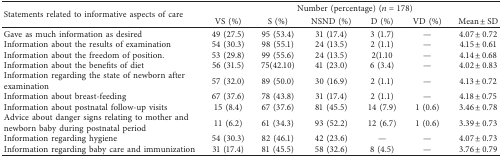
<table><thead><tr><td rowspan="2"><b>Statements related to informative aspects of care</b></td><td colspan="6"><b>Number (percentage) (<i>n</i>=178)</b></td></tr><tr><td><b>VS (%)</b></td><td><b>S (%)</b></td><td><b>NSND (%)</b></td><td><b>D (%)</b></td><td><b>VD (%)</b></td><td><b>Mean ± SD</b></td></tr></thead><tbody><tr><td>Gave as much information as desired</td><td>49 (27.5)</td><td>95 (53.4)</td><td>31 (17.4)</td><td>3 (1.7)</td><td>—</td><td>4.07 ± 0.72</td></tr><tr><td>Information about the results of examination</td><td>54 (30.3)</td><td>98 (55.1)</td><td>24 (13.5)</td><td>2 (1.1)</td><td>—</td><td>4.15 ± 0.61</td></tr><tr><td>Information about the freedom of position.</td><td>53 (29.8)</td><td>99 (55.6)</td><td>24 (13.5)</td><td>2(1.10</td><td>—</td><td>4.14 ± 0.68</td></tr><tr><td>Information about the benefits of diet</td><td>56 (31.5)</td><td>75(42.10)</td><td>41 (23.0)</td><td>6 (3.4)</td><td>—</td><td>4.02 ± 0.83</td></tr><tr><td>Information regarding the state of newborn after examination</td><td>57 (32.0)</td><td>89 (50.0)</td><td>30 (16.9)</td><td>2 (1.1)</td><td>—</td><td>4.13 ± 0.72</td></tr><tr><td>Information about breast-feeding</td><td>67 (37.6)</td><td>78 (43.8)</td><td>31 (17.4)</td><td>2 (1.1)</td><td>—</td><td>4.18 ± 0.75</td></tr><tr><td>Information about postnatal follow-up visits</td><td>15 (8.4)</td><td>67 (37.6)</td><td>81 (45.5)</td><td>14 (7.9)</td><td>1 (0.6)</td><td>3.46 ± 0.78</td></tr><tr><td>Advice about danger signs relating to mother and newborn baby during postnatal period</td><td>11 (6.2)</td><td>61 (34.3)</td><td>93 (52.2)</td><td>12 (6.7)</td><td>1 (0.6)</td><td>3.39 ± 0.73</td></tr><tr><td>Information regarding hygiene</td><td>54 (30.3)</td><td>82 (46.1)</td><td>42 (23.6)</td><td>—</td><td>—</td><td>4.07 ± 0.73</td></tr><tr><td>Information regarding baby care and immunization</td><td>31 (17.4)</td><td>81 (45.5)</td><td>58 (32.6)</td><td>8 (4.5)</td><td>—</td><td>3.76 ± 0.79</td></tr></tbody></table>